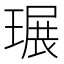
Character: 𤧷